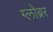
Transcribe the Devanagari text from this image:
ग्लोब्रर